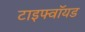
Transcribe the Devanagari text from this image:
टाइफ्वॉयड